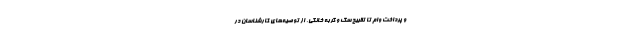
و پرداخت وام تا تقبیح سگ و گربه خانگی، از توصیه‌های کارشناسان در